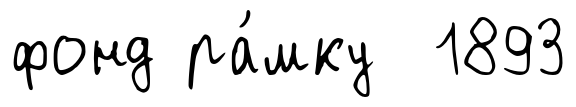
фонд ра́мку 1893